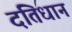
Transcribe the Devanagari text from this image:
दंतिधान